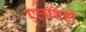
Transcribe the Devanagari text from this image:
एलबिडो